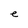
Character: e